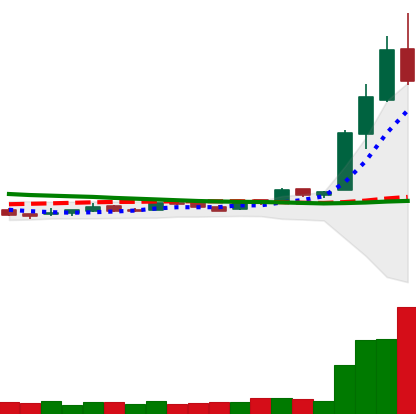
Ticker: LTC-USD
Chart end date: 2016-04-27
Forward return: -5.383%
Label: down_5_7